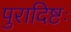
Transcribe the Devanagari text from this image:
पुरादिष्टः